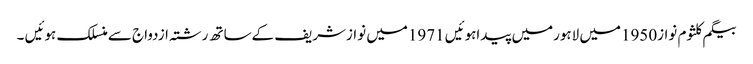
بیگم کلثوم نواز1950میں لاہورمیں پیداہوئیں 1971میں نوازشریف کےساتھ رشتہ ازدواج سےمنسلک ہوئیں ۔